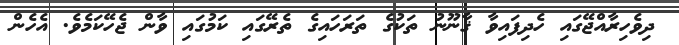
ދިވެހިރާއްޖޭގައި ހެދިފައިވާ ޤާނޫނު ތަކުގެ ތަރަހައިގެ ތެރޭގައި ކަމުގައި ވާން ޖެހޭކަމެވެ. އެހެން